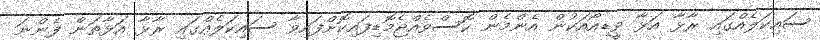
ސައިކަލެއްގައި ރާޅާ އަޅާ ވީޑިއޯއަކުން އެންމެން ކޮސްވެއްޖެމޮޑިފައިކޮށްފައިވާ ސައިކަލެއްގައި ރާޅާ އަޅާތަން ފެންނަ